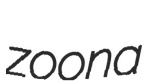
zoona